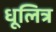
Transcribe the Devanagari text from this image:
धूलित्र